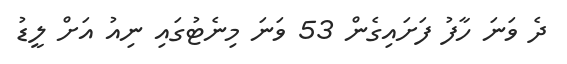
ދެ ވަނަ ހާފު ފަށައިގެން 53 ވަނަ މިނެޓުގައި ނިއު އަށް ލީޑު